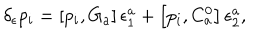
\delta _ { \epsilon } p _ { i } = \left[ p _ { i } , G _ { a } \right] \epsilon _ { 1 } ^ { a } + \left[ p _ { i } , C _ { a } ^ { 0 } \right] \epsilon _ { 2 } ^ { a } ,